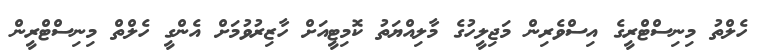
ހެލްތު މިނިސްޓްރީގެ އިސްވެރިން މަޖިލީހުގެ މާލިއްޔަތު ކޮމިޓީއަށް ހާޒިރުވުމަށް އެންގީ ހެލްތް މިނިސްޓްރީން